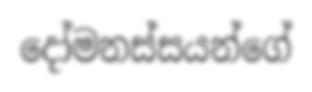
දෝමනස්සයන්ගේ